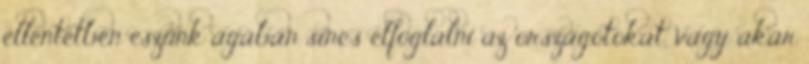
ellentétben eszünk ágában sincs elfoglalni az országotokat, vagy akár